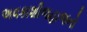
અવકાશીજહાજનો